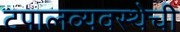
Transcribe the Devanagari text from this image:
टपालव्यवस्थेची